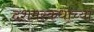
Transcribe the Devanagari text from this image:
दशमस्कंधाच्या